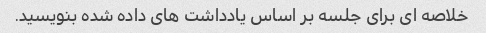
خلاصه ای برای جلسه بر اساس یادداشت های داده شده بنویسید.